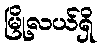
မြို့လယ်ရှိ